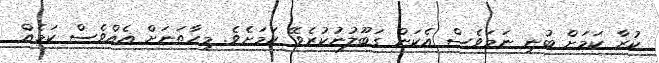
ކުރާ ކަމަށް ބުނި ނަމަވެސް އެކަން ގަބޫލުނުކުރެވޭ ކަމަށެވެ. މިހާތަނަށް އެއްވެސް ކަމެއް